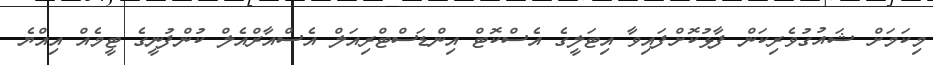
މިކަމަށް ޝައުގުވެރިކަން ފާޅުކޮށްފައިވާ އިޓަލީގެ އެސްކޮޓް އިންޑަސްޓްރިއަލް އެސްއާރްއެލް ކުންފުނީގެ ޓީމެއް އިއްޔެ